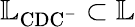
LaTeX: \mathbb{L}_{\mathrm{CDC^{-}}}\subset\mathbb{L}